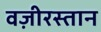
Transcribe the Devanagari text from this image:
वज़ीरस्तान